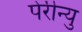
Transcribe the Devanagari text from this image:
पेरीन्यु